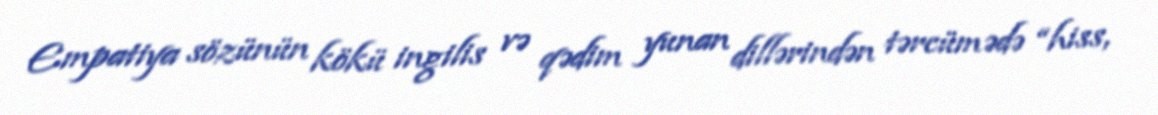
Empatiya sözünün kökü ingilis və qədim yunan dillərindən tərcümədə “hiss,